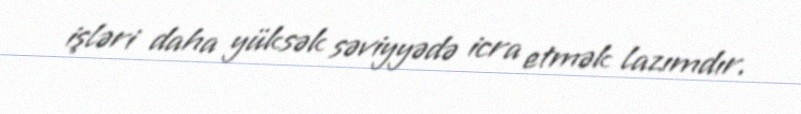
işləri daha yüksək səviyyədə icra etmək lazımdır.